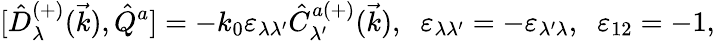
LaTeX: {[}\hat{D}_{\lambda}^{(+)}(\vec{k}),\hat{Q}^{a}]=-k_{0}\varepsilon_{\lambda\lambda^{\prime}}\hat{C}_{\lambda^{\prime}}^{a(+)}(\vec{k}),\; \; \varepsilon_{\lambda\lambda^{\prime}}=-\varepsilon_{\lambda^{\prime}\lambda},\; \; \varepsilon_{12}=-1,